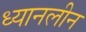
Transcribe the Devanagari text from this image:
ध्यानलीन